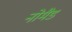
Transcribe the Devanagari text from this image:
नोमैड